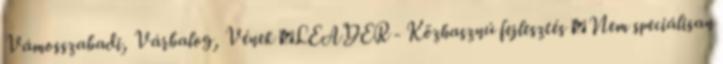
Vámosszabadi, Várbalog, Vének ▪LEADER - Közhasznú fejlesztés ▪Nem speciálisan